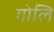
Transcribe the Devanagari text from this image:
गोलि